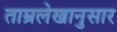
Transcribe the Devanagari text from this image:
ताम्रलेखानुसार